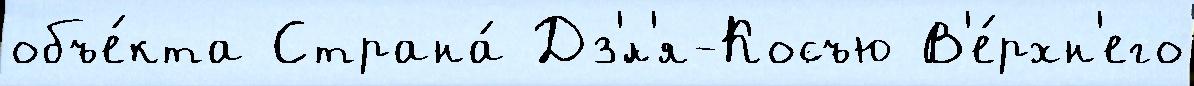
объе́кта Страна́ Дз'́л'я-Косъю В'е́рхн'его